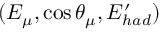
( E _ { \mu } , \cos \theta _ { \mu } , E _ { h a d } ^ { \prime } )